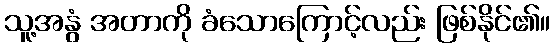
သူ့အနွံ အတာကို ခံသောကြောင့်လည်း ဖြစ်နိုင်၏။